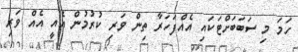
ހަމަ މި ސަބަބަށްޓަކައި އެއްފަހަރާ ތިން ވަރި ކުރުމުން އެއީ އެއް ވަރި